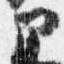
部